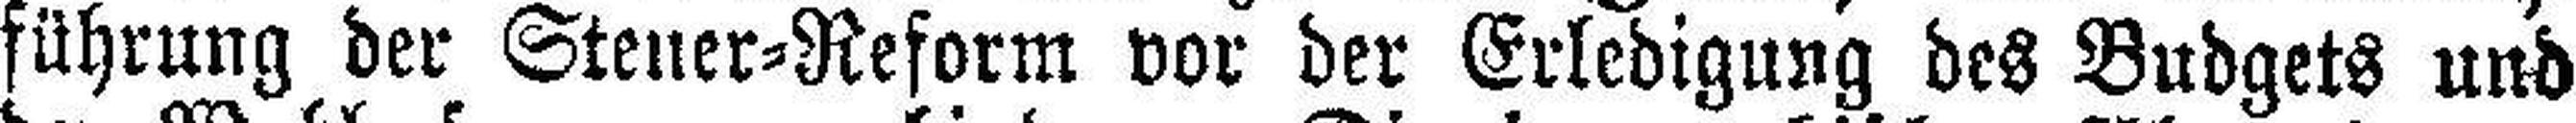
führung der Steuer=Reform vor der Erledigung des Budgets und